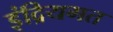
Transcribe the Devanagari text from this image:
इंद्रियगत